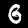
Label: 6